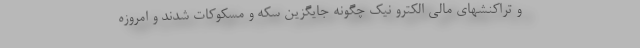
و تراكنشهاي مالي الكترو نيك چگونه جايگزين سكه و مسكوكات شدند و امروزه